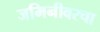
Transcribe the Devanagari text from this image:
जमिनीवरचा